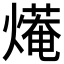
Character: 𤎣